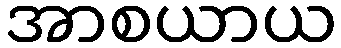
အာစယာယ